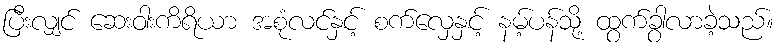
ပြီးလျှင် ဆေးဝါးကိရိယာ အစုံလင်နှင့် စက်လှေနှင့် နမ့်ပန်သို့ ထွက်ခွာလာခဲ့သည်။